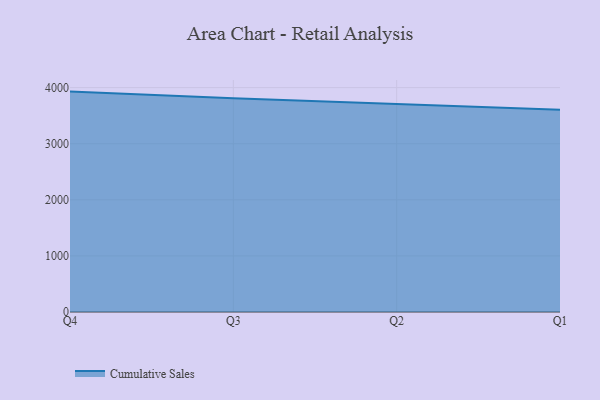
{"axis": {"x": "Quarter", "y": "Energy Usage (MWh)"}, "legend": ["Cumulative Sales"], "data": [{"x": "Q4", "y": 3929.1, "type": "Cumulative Sales"}, {"x": "Q3", "y": 3809.6, "type": "Cumulative Sales"}, {"x": "Q2", "y": 3708.6, "type": "Cumulative Sales"}, {"x": "Q1", "y": 3607.0, "type": "Cumulative Sales"}]}